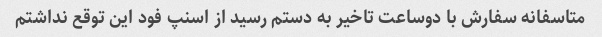
متاسفانه سفارش با دوساعت تاخیر به دستم رسید از اسنپ فود این توقع نداشتم